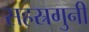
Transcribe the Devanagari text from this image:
सहस्रगुनी